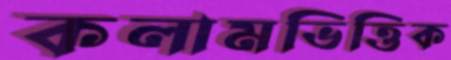
কলামভিত্তিক